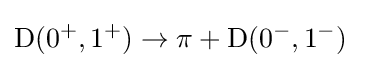
\mathrm {D} (0^{+},1^{+})\rightarrow \mathrm {\pi } +\mathrm {D} (0^{-},1^{-})~